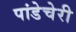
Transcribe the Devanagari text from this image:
पांडेचेरी